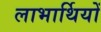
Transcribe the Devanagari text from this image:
लाभार्थियों